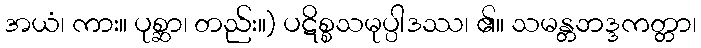
အယံ၊ ကား။ ပုစ္ဆာ၊ တည်း။) ပဋိစ္စသမုပ္ပါဒဿ၊ ၏။ သမန္တဘဒ္ဒကတ္တာ၊